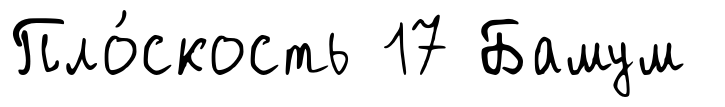
Пло́скость 17 Бамум